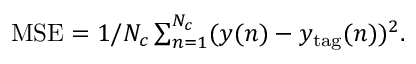
\begin{array} { r } { \mathrm { M S E } = 1 / N _ { c } \sum _ { n = 1 } ^ { N _ { c } } ( y ( n ) - y _ { \mathrm { t a g } } ( n ) ) ^ { 2 } . } \end{array}